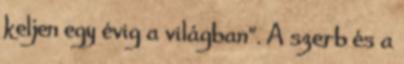
keljen egy évig a világban". A szerb és a